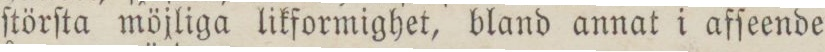
ſtörſta möjliga likformighet, bland annat i afſeende